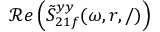
\mathcal { R } e \left( \tilde { S } _ { 2 1 f } ^ { y y } ( \omega , r , / ) \right)